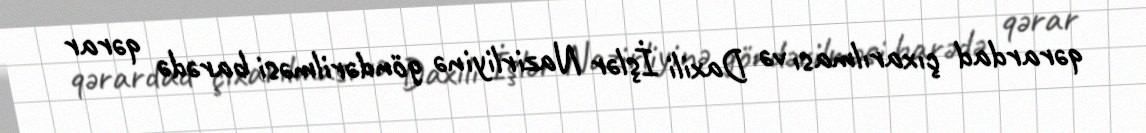
qərardad çıxarılması və Daxili İşlər Nazirliyinə göndərilməsi barədə qərar